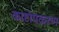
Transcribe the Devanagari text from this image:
काष्टोपकरण